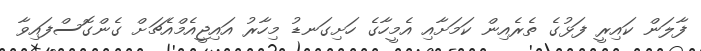
ފާލަން ކައިރީ ފަޅުގެ ތެރެއިން ކަމަށާއި އެމީހާގެ ހަށިގަނޑު މިހާރު އައިޖީއެމްއެޗަށް ގެންގޮސްފައިވާ